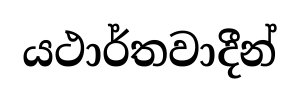
යථාර්තවාදීන්